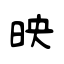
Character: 映